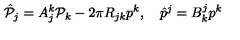
\hat { \cal P } _ { j } = A _ { j } ^ { k } { \cal P } _ { k } - 2 \pi R _ { j k } p ^ { k } , \quad \hat { p } ^ { j } = B _ { k } ^ { j } p ^ { k }